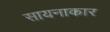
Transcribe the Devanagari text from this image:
सायनाकार